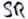
Text: SR